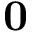
\mathbf { 0 }